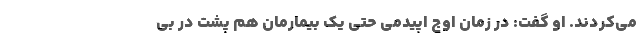
می‌کردند. او گفت: در زمان اوج اپیدمی حتی یک بیمارمان هم پشت در بی